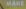
make